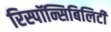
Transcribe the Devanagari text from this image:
रिस्पॉन्सिबिलिटी